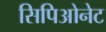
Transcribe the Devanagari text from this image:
सिपिओनेट